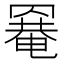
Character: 𦌌